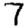
Digit: 7